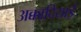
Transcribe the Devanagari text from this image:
अक्कादियाई